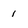
Character: 1